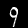
Label: 9